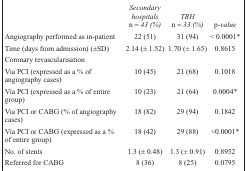
|  | Secondary hospitals n = 43 (%) | TBH n = 33 (%) | p-value |
 | --- | --- | --- | --- |
 | Angiography performed as in-patient | 22 (51) | 31 (94) | < 0.0001* |
 | Time (days from admission) (±SD) | 2.14 (± 1.52) | 1.70 (± 1.65) | 0.8615 |
 | <COLSPAN=4> Coronary revascularisation |
 | Via PCI (expressed as a % of angiography cases) | 10 (45) | 21 (68) | 0.1018 |
 | Via PCI (expressed as a % of entire group) | 10 (23) | 21 (64) | 0.0004* |
 | Via PCI or CABG (% of angiography cases) | 18 (82) | 29 (94) | 0.1842 |
 | Via PCI or CABG (expressed as a % of entire group) | 18 (42) | 29 (88) | <0.0001* |
 | No. of stents | 1.3 (± 0.48) | 1.3 (± 0.91) | 0.8952 |
 | Referred for CABG | 8 (36) | 8 (25) | 0.0795 |